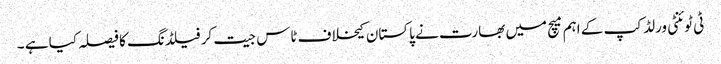
ٹی ٹوئنٹی ورلڈ کپ کے اہم میچ میں بھارت نے پاکستان کیخلاف ٹاس جیت کر فیلڈنگ کا فیصلہ کیا ہے ۔